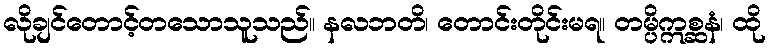
လိုချင်တောင့်တသောသူသည်။ နလဘတိ၊ တောင်းတိုင်းမရ။ တမ္ပိဣစ္ဆနံ၊ ထို